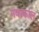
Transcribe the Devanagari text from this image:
नवाकाल